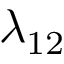
\lambda _ { 1 2 }